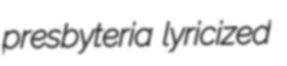
presbyteria lyricized